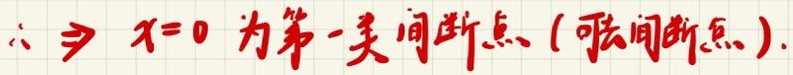
$\therefore \Rightarrow x = 0$ 为第一类间断点 ( 可去间断点 ).